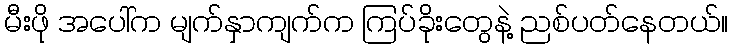
မီးဖို အပေါ်က မျက်နှာကျက်က ကြပ်ခိုးတွေနဲ့ ညစ်ပတ်နေတယ်။